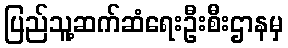
ပြည်သူ့ဆက်ဆံရေးဦးစီးဌာနမှ